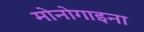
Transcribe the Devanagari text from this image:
मोनोगाइना